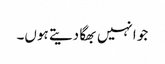
جو انہیں بھگا دیتے ہوں۔